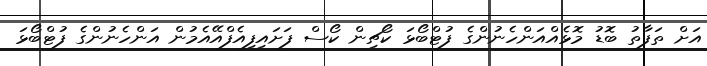
އަށް ތަފާތު ބޮޑު މޮޅެއްއަންހެނުންގެ ފުޓްބޯޅަ ކޯޗިން ކޯސް ފަށައިފިއެފްއޭއެމުން އަންހެނުންގެ ފުޓްބޯޅަ